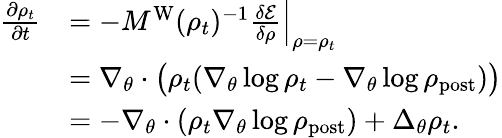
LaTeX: \begin{array}{rl}{\frac{\partial\rho_{t}}{\partial t}}&{=-M^{\mathrm{W}}(\rho_{t})^{-1}\frac{\delta\mathcal{E}}{\delta\rho}\Bigr|_{\rho=\rho_{t}}}\\ &{=\nabla_{\theta}\cdot\big(\rho_{t}(\nabla_{\theta}\log\rho_{t}-\nabla_{\theta}\log\rho_{\mathrm{post}})\big)}\\ &{=-\nabla_{\theta}\cdot(\rho_{t}\nabla_{\theta}\log\rho_{\mathrm{post}})+\Delta_{\theta}\rho_{t}.}\end{array}